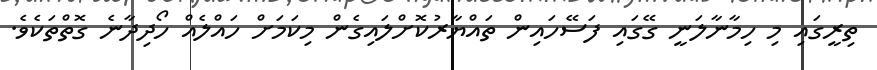
ތިރީގައި މި ހިމާނާލަނީ ގޭގައި ފަސޭހައިން ތައްޔާރުކޮށްލައިގެން މިކަމަށް ހައްލެއް ހޯދިދާނެ ގޮތްތަކެވެ.